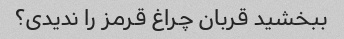
ببخشید قربان چراغ قرمز را ندیدی؟